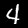
Digit: 4